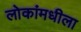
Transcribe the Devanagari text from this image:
लोकांमधीला